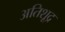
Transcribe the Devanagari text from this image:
अतिशूद्र